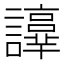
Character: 𧭫